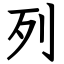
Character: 列